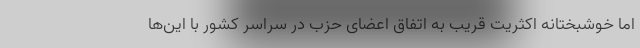
اما خوشبختانه اکثریت قریب به اتفاق اعضای حزب در سراسر کشور با این‌ها